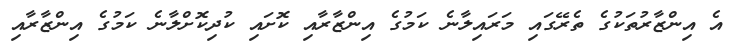
އެ އިންޒާރުތަކުގެ ތެރޭގައި މަރައިލާނެ ކަމުގެ އިންޒާރާއި ކޮށައި ކުދިކޮށްލާނެ ކަމުގެ އިންޒާރާއި